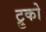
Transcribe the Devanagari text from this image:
ट्रुको